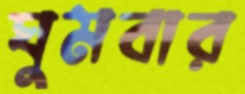
ঘুমবার